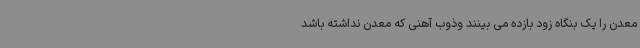
معدن را یک بنگاه زود بازده می بینند وذوب آهنی که معدن نداشته باشد